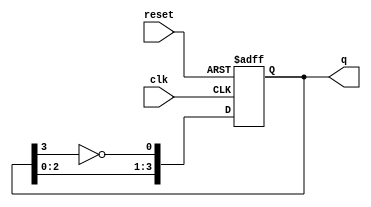
module JohnsonCounter #(parameter N = 4) (
    input wire clk,          // Clock signal
    input wire reset,        // Asynchronous reset signal
    output reg [N-1:0] q     // Output state of the counter
);

// Internal signal for the inverted output of the last flip-flop
wire feedback;

// Assign feedback to the inverted output of the last flip-flop
assign feedback = ~q[N-1];

// Sequential logic for the Johnson counter
always @(posedge clk or posedge reset) begin
    if (reset) begin
        // Asynchronous reset: set all bits to 0
        q <= {N{1'b0}};
    end else begin
        // Shift the bits and feed back the inverted last bit
        q <= {q[N-2:0], feedback};
    end
end

endmodule